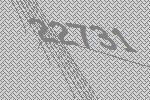
22731